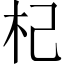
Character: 杞